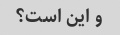
و این است؟